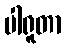
ပါရူတာ